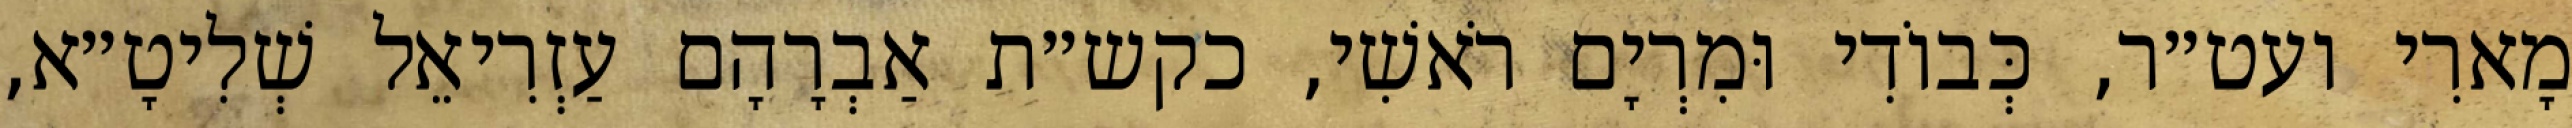
מָארִי ועט״ר, כְּבוֹדִי וּמִרְיָם רֹאשִׁי, כקש״ת אַבְרָהָם עַזְרִיאֵל שְׁלִיטָ״א,